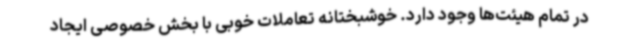
در تمام هیئت‌ها وجود دارد. خوشبختانه تعاملات خوبی با بخش خصوصی ایجاد